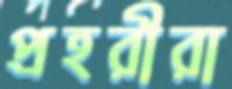
প্রহরীরা